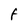
Character: f